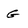
Character: G